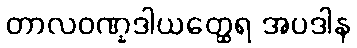
တာလဝဏ္နဒါယတ္ထေရ အပဒါန